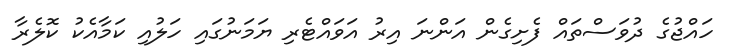
ހައްޖުގެ ދުވަސްތައް ފެށިގެން އަންނަ އިރު އަވައްޓެރި ޔަމަނުގައި ހަލުއި ކަމާއެކު ކޮލެރާ